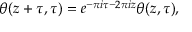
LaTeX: \theta ( z + \tau , \tau ) = e ^ { - \pi i \tau - 2 \pi i z } \theta ( z , \tau ) ,